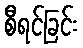
စီရင်ခြင်း